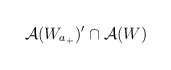
\begin{align*}\mathcal{A}(W_{a_{+}})^{\prime}\cap\mathcal{A}(W)\end{align*}